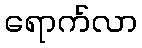
ရောက်လာ